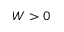
W > 0